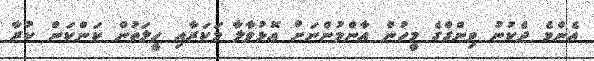
އެންމެ ދެކުނު ވިންގްގެ މީހުން އާންމުންނަށް އޮޅުވާލާ މަކަރާއި ހީލަތުން ކަންކަން ކުރާ